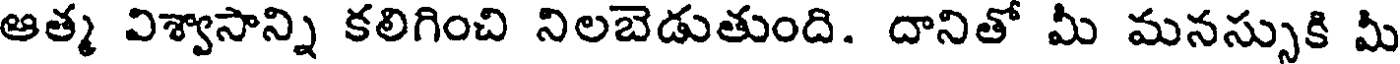
ఆత్మ విశ్వాసాన్ని కలిగించి నిలబెడుతుంది. దానితో మీ మనస్సుకి మీ